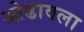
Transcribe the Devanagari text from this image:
ओढावला